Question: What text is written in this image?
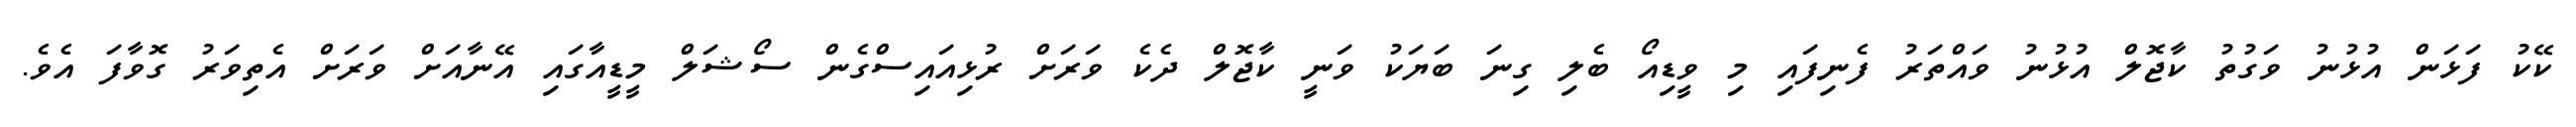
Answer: ކޭކު ފަޅަން އުޅުނު ވަގުތު ކާޖޮލް އުޅުނު ވައްތަރު ފެނިފައި މި ވީޑިއޯ ބެލި ގިނަ ބަޔަކު ވަނީ ކާޖޮލް ދެކެ ވަރަށް ރުޅިއައިސްގެން ސޯޝަލް މީޑީއާގައި އޭނާއަށް ވަރަށް އެތިވަރު ގޮވާފަ އެވެ.